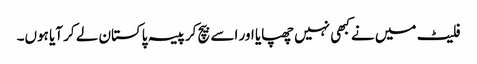
فلیٹ میں نے کبھی نہیں چھپایا اور اسے بیچ کر پیسہ پاکستان لے کر آیا ہوں۔